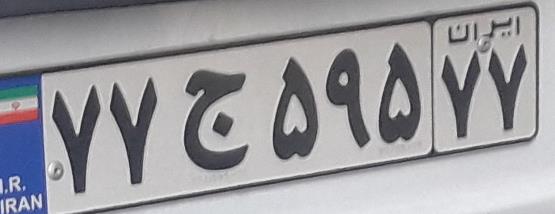
۷۷ج۵۹۵۷۷